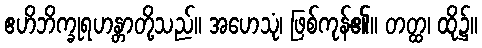
ဧဟိဘိက္ခုရဟန္တာတို့သည်။ အဟေသုံ၊ ဖြစ်ကုန်၏။ တတ္ထ၊ ထို၌။